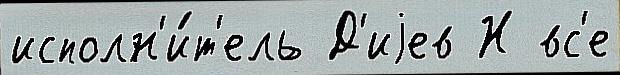
исполн'и́т'ель Д'иjев Н вс'е